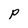
Character: P